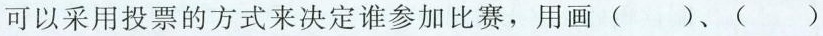
可以采用投票的方式来决定谁参加比赛，用画 ( )、( )